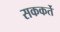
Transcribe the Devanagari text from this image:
सककर्ते